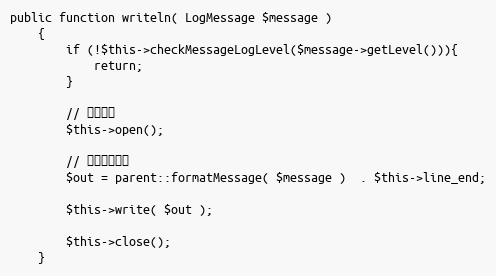
Language: PHP
public function writeln( LogMessage $message )
    {
        if (!$this->checkMessageLogLevel($message->getLevel())){
            return;
        }

        // 接続処理
        $this->open();

        // フォーマット
        $out = parent::formatMessage( $message )  . $this->line_end;

        $this->write( $out );

        $this->close();
    }